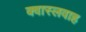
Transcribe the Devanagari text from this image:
क्वास्लवाह